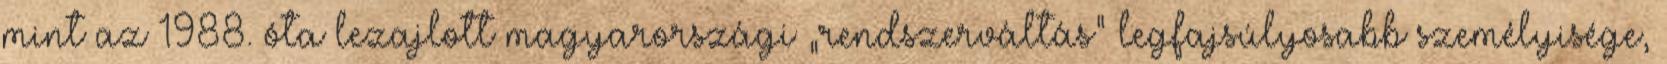
mint az 1988. óta lezajlott ma­gyar­or­szági „rend­szer­váltás” legfajsúlyosabb sze­mé­lyi­sé­­ge,